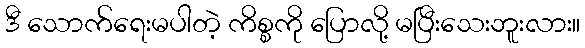
ဒီ သောက်ရေးမပါတဲ့ ကိစ္စကို ပြောလို့ မပြီးသေးဘူးလား။